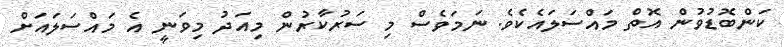
ކަންބޮޑުވުން އޮތް މައްސަލައެކެވެ. ނަމަވެސް މި ސަރުކާރުން މިއަދު މިވަނީ އެ މައްސަލައަށް